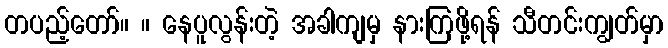
တပည့်တော်။ ။ နေပူလွန်းတဲ့ အခါကျမှ နားကြဖို့ရန် သီတင်းကျွတ်မှာ